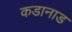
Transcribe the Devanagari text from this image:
कडानाड